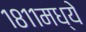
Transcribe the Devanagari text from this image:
१८११मध्ये